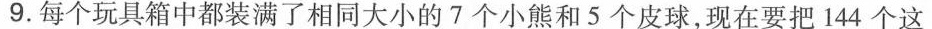
9.每个玩具箱中都装满了相同大小的7个小熊和5个皮球，现在要把144个这